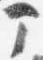
部